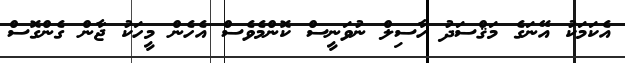
އެކަމަކު އޭނަގެ މަޤްސަދު ހާސިލް ނުވަނީސް ކޮންމެވެސް އެހެން މީހަކު ޖާން ގެންގޮސް